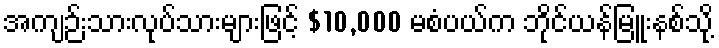
အကျဉ်းသားလုပ်သားများဖြင့် $10,000 မစံပယ်က ဘိုင်ယန်မြူးနစ်သို့